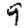
Digit: 9